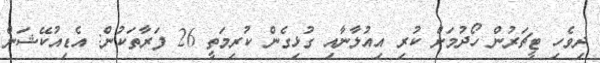
ދިވެހި ޓީޗަރުން ހޯދުމަށް ކުރި އިއުލާނާއި ގުޅިގެން ކުރިމަތީ 26 ފަރާތަކުން: އެޑިއުކޭޝަން